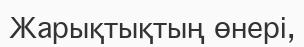
Жарықтықтың өнері,